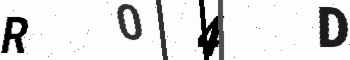
Text: R04D